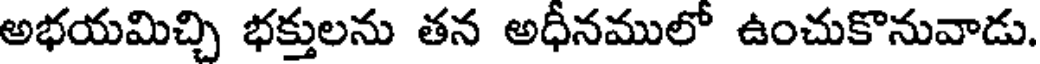
అభయమిచ్చి భక్తులను తన అధీనములో ఉంచుకొనువాడు.